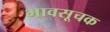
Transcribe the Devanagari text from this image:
भावसूचक